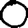
Digit: 0